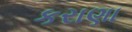
કરાણા